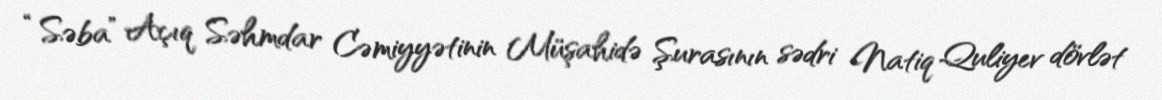
“Səba” Açıq Səhmdar Cəmiyyətinin Müşahidə Şurasının sədri Natiq Quliyev dövlət